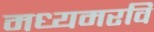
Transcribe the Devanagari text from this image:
मध्यमरवि